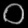
Digit: ၀